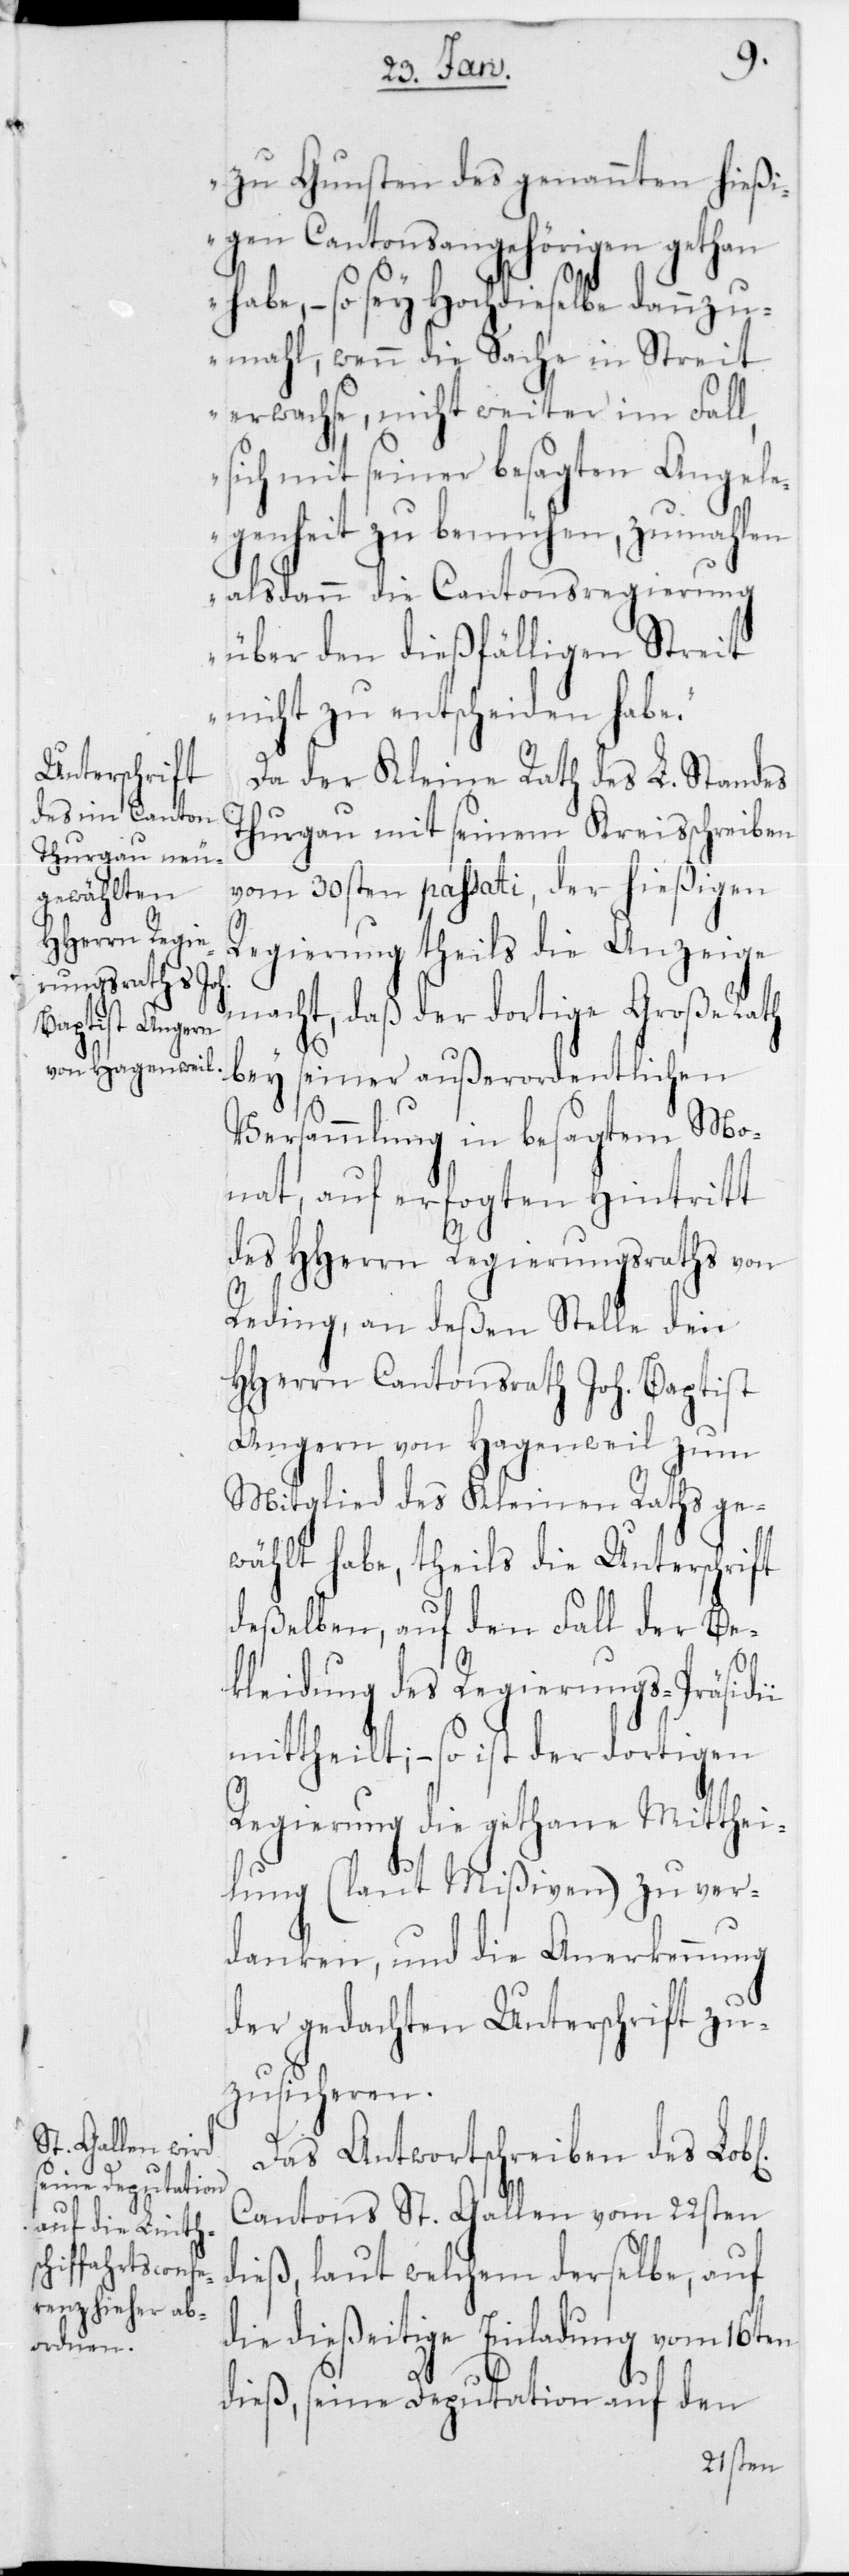
zu Gunsten des genannten hießi¬
gen Cantonsangehörigen gethan
habe, – so sey hochdieselbe dannzu¬
mahl, wenn die Sache in Streit
erwachse, nicht weiter im Fall,
sich mit seiner besagten Angele¬
genheit zu bemühen, zumahlen
alsdann die Cantonsregierung
über den dießfälligen Streit
nicht zu entscheiden habe“.
Da der Kleine Rath des L. Standes
Thurgau mit seinem Kreisschreiben
vom 30sten passati, der hießigen
Regierung theils die Anzeige
macht, daß der dortige Große Rath
bey
seiner außerordentlichen
Versammlung in besagtem Mo¬
nat, auf erfo[l]gten Hintritt
des Hherrn Regierungsraths von
Reding, an deßen Stelle den
Hherrn Cantonsrath Joh. Baptist
Angern von Hagenweil zum
Mitglied des Kleinen Raths ge¬
wählt habe, theils die Unterschrift
deßelben, auf den Fall der Be¬
i
kleidung des Regierungs-Präsidi¬
mittheilt; – so ist der dortigen
Regierung die gethane Mitthei¬
lung (laut Mißiven) zu ver¬
danken, und die Anerkennung
der gedachten Unterschrift zu¬
zusicheren.
Das Antwortschreiben des Lobl.
Cantons St. Gallen vom 22sten
dieß, laut welchem derselbe, auf
die dießeitige Einladung vom 16ten
dieß, seine Deputation auf den